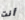
أنت